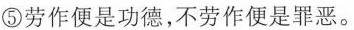
⑤劳作便是功德，不劳作便是罪恶。